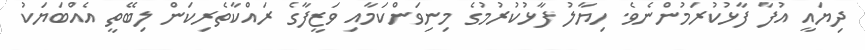
ދިޔައީ އުފާ ފާޅުކުރަމުންނެވެ. ހިޔާލު ފާޅުކުރުމުގެ މިނިވަންކަމާއި ވަޒީފާގެ ރައްކާތެރިކަން ލިބޭތީ އެއްބަޔަކު